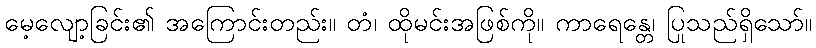
မေ့လျော့ခြင်း၏ အကြောင်းတည်း။ တံ၊ ထိုမင်းအဖြစ်ကို။ ကာရေန္တေ၊ ပြုသည်ရှိသော်။